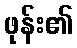
ဖုန်း၏